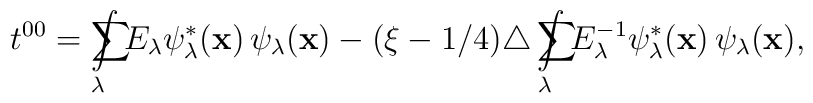
t^{00}=\sum\hspace{-1.4em}\int\limits_{\lambda}E_\lambda\psi^*_\lambda(\textbf{x})\,\psi_\lambda(\textbf{x})-(\xi-1/4)\triangle  \sum\hspace{-1.4em}\int\limits_{\lambda}E^{-1}_\lambda\psi^*_\lambda(\textbf{x})\,\psi_\lambda(\textbf{x}),